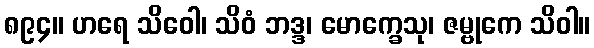
၈၉၄။ ဟရေ သိဝေါ၊ သိဝံ ဘဒ္ဒ၊ မောက္ခေသု၊ ဇမ္ဗုကေ သိဝါ။